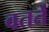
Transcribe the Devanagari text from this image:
वतर्ते